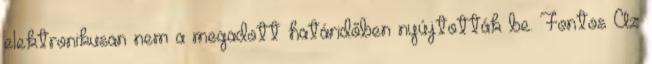
elektronikusan nem a megadott határidőben nyújtották be. Fontos Az